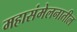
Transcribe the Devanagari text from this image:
महासंमेलनातील